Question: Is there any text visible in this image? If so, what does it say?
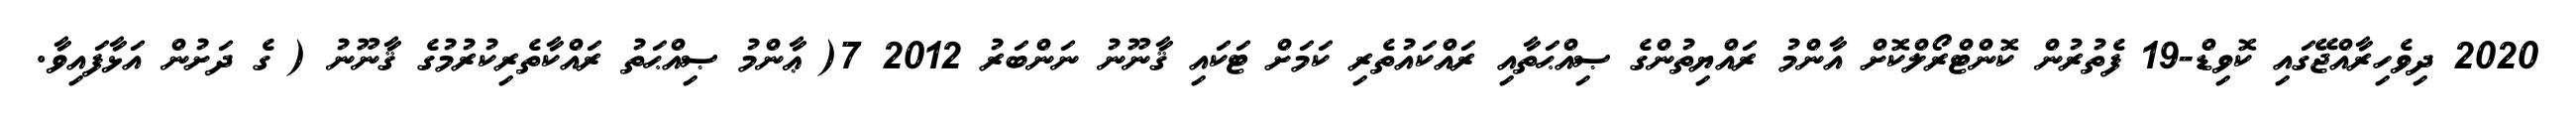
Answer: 2020 ދިވެހިރާއްޖޭގައި ކޮވިޑް-19 ފެތުރުން ކޮންޓްރޯލްކޮށް އާންމު ރައްޔިތުންގެ ޞިއްޙަތާއި ރައްކައުތެރި ކަމަށް ޓަކައި ޤާނޫނު ނަންބަރު 2012 7( ޢާންމު ޞިއްޙަތު ރައްކާތެރިކުރުމުގެ ޤާނޫނު ( ގެ ދަށުން އަޅާފައިވާ.